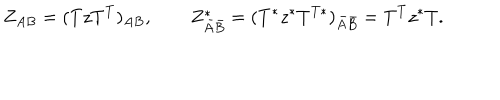
Z _ { A B } = ( T z T ^ { T } ) _ { A B } , \quad \quad Z _ { \bar { A } \bar { B } } ^ { * } = ( T ^ { * } z ^ { * } T ^ { T * } ) _ { \bar { A } \bar { B } } = T ^ { T } z ^ { * } T .